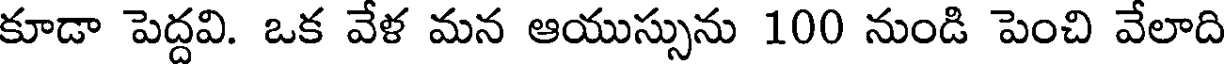
కూడా పెద్దవి. ఒక వేళ మన ఆయుస్సును 100 నుండి పెంచి వేలాది